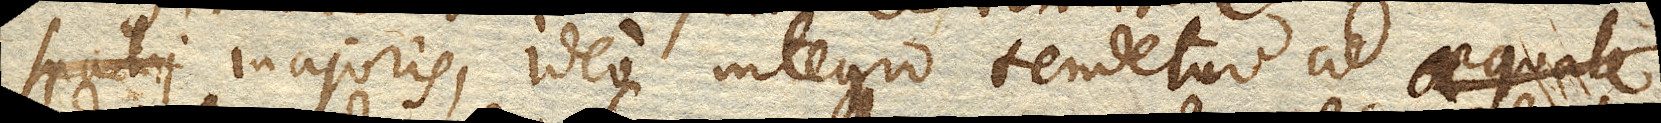
spatii majoris, ideo integro tendetur ad